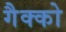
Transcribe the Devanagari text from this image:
गैक्को